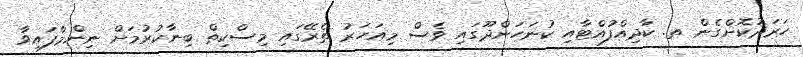
ހަރަދުކޮށްގެން ތ. ކާދިއްފުއްޓާއި ކުނަހަންދޫގައި ވެސް މިއަހަރު ތެރޭގައި މިސްކިތް ބިނާކުރުމަށް ނިންމާފައިވާ